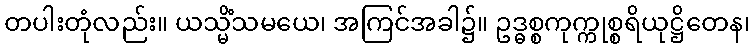
တပါးတုံလည်း။ ယသ္မိံသမယေ၊ အကြင်အခါ၌။ ဥဒ္ဓစ္စကုက္ကုစ္စရိယုဋ္ဌိတေန၊